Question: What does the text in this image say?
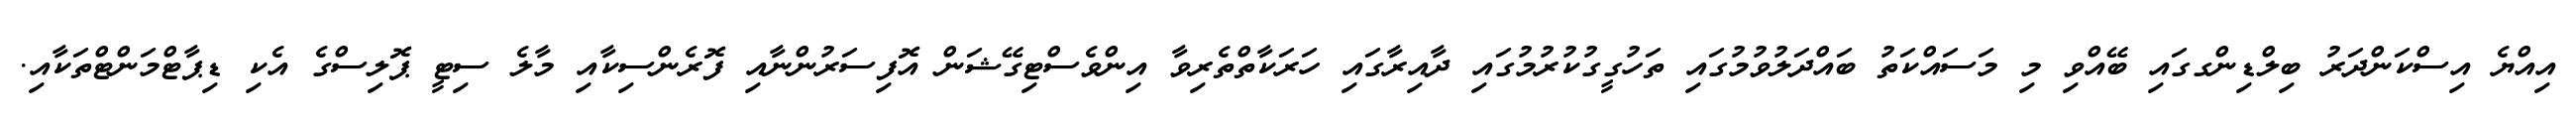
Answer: އިއްޔެ އިސްކަންދަރު ބިލްޑިންގގައި ބޭއްވި މި މަސައްކަތު ބައްދަލުވުމުގައި ތަހުގީގުކުރުމުގައި ދާއިރާގައި ހަރަކާތްތެރިވާ އިންވެސްޓިގޭޝަން އޮފިސަރުންނާއި ފޮރެންސިކާއި މާލެ ސިޓީ ޕޮލިސްގެ އެކި ޑިޕާޓްމަންޓްތަކާއި.